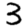
Digit: 3